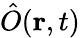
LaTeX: \hat{O}({\mathbf r},t)